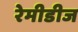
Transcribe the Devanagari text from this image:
रेमीडीज